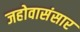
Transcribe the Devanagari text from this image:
जहोवासंसार